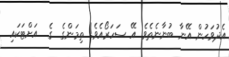
އެދުވަހުން އޭނާ ބުނާނެތެވެ. އޭ ސަހަރޯއެވެ! ތިމަންގެ  ގެ  އަށްޓަކައި